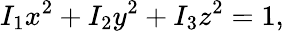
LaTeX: I_{1}x^{2}+I_{2}y^{2}+I_{3}z^{2}=1,